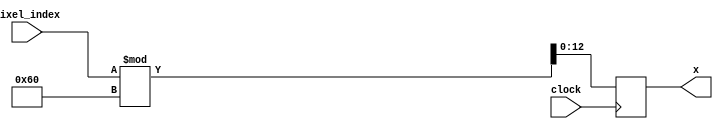
`timescale 1ns / 1ps
//////////////////////////////////////////////////////////////////////////////////
// Company: 
// Engineer: 
// 
// Design Name: 
// Module Name: x_axies
// Project Name: 
// Target Devices: 
// Tool Versions: 
// Description: 
// 
// Dependencies: 
// 
// Revision:
// Revision 0.01 - File Created
// Additional Comments:
// 
//////////////////////////////////////////////////////////////////////////////////


module x_axies(input [12:0] pixel_index, output reg [12:0] x, input clock); // actually u only need 7 bits for x 
always @ (posedge clock)
    begin
        x=pixel_index%96;
    end
endmodule